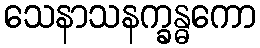
သေနာသနက္ခန္ဓကော